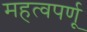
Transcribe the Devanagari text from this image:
महत्वपर्णू